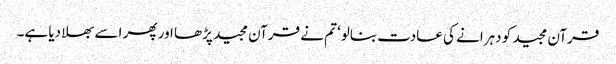
قرآن مجید کو دہرانے کی عادت بنالو‘ تم نے قرآن مجید پڑھا اور پھر اسے بھلا دیا ہے۔